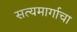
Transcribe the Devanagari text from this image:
सत्यमार्गाचा